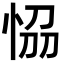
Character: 𭜴